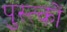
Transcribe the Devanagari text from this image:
पुस्त्कों